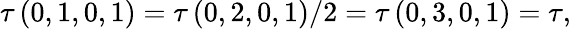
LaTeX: \tau\left(0,1,0,1\right)=\tau\left(0,2,0,1\right)/2=\tau\left(0,3,0,1\right)=\tau,